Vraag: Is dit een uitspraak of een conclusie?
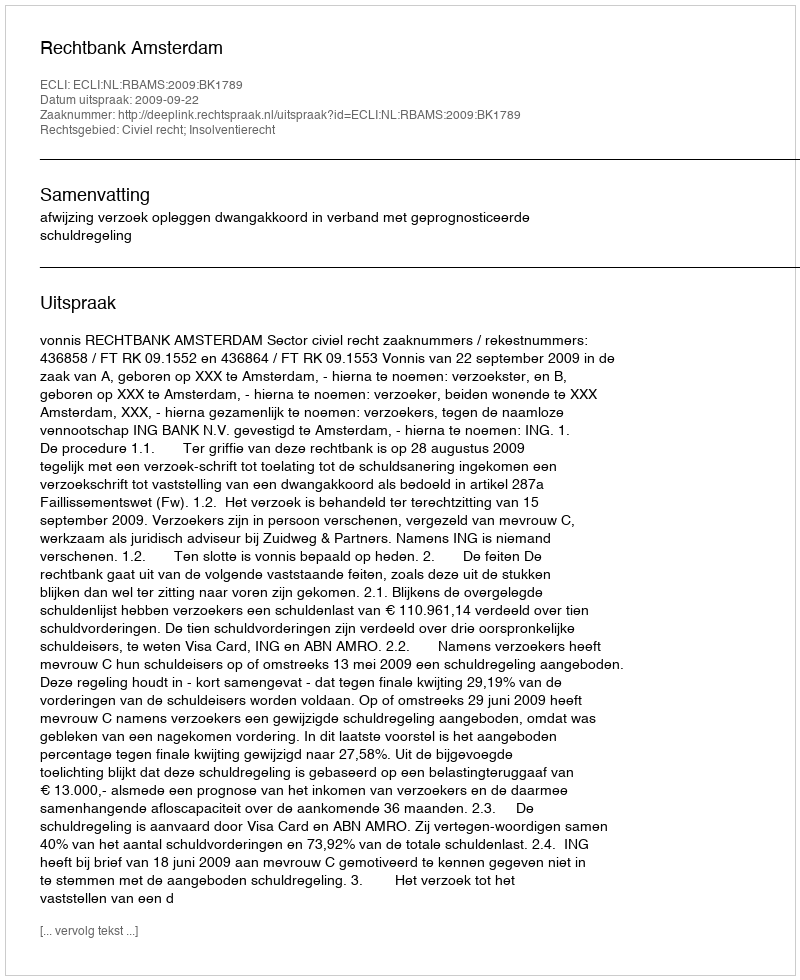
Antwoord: Uitspraak